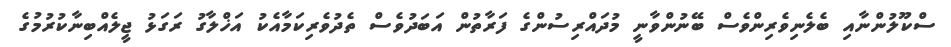
ސްކޫލުންނާއި ބެލެނިވެރިންވެސް ބޭނުންވާނީ މުދައްރިސުންގެ ފަރާތުން އަބަދުވެސް ތެދުވެރިކަމާއެކު އަޚްލާގު ރަގަޅު ޖީލެއްބިނާކުރުމުގެ